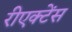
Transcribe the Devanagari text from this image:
रीएक्टेंस